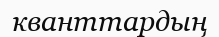
кванттардың